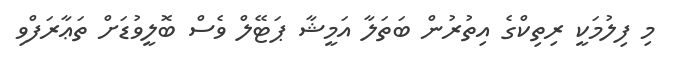
މި ފިލުމަކީ ރިތިކްގެ އިތުރުން ބަތަލާ އަމީޝާ ޕަޓޭލް ވެސް ބޮލީވުޑަށް ތަޢާރަފްވި